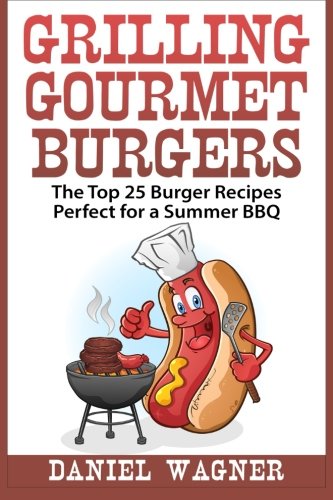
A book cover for Grilling Gourmet Burgers: The Top 25 Burger Recipes Perfect for a Summer BBQ; Daniel Wagner; Cookbooks, Food & Wine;